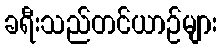
ခရီးသည်တင်ယာဉ်များ